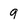
Character: 9